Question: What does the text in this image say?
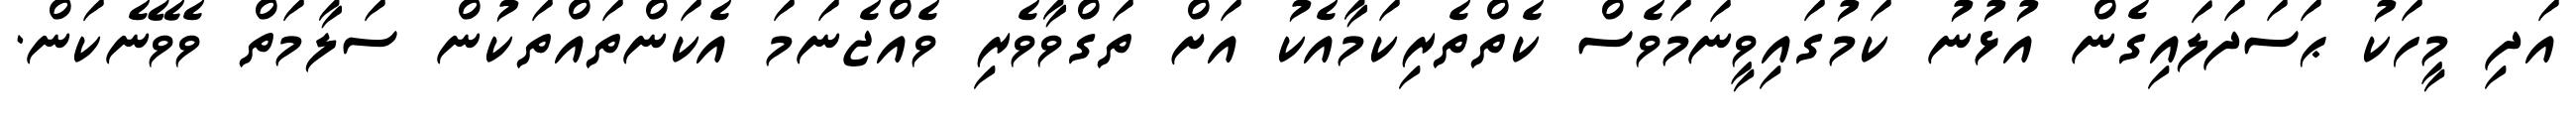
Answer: އަދި މީހަކު ޙަސަދަލައިގެން އުޅުނު ކަމުގައިވީނަމަވެސް ކެތްތެރިކަމާއެކު އަށް ތަގްވާވެރި ވެއްޖެނަމަ އެކަންތައްތަކުން ސަލާމަތް ވެވޭނެކަން.